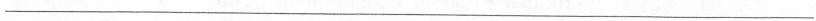
___